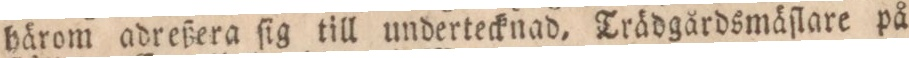
härom adreßera ſig till undertecknad. Trädgårdsmäſlare på